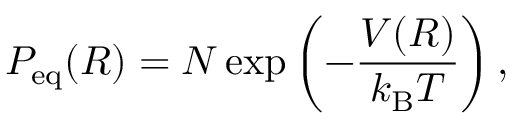
P _ { \mathrm { e q } } ( R ) = N \exp \left( - \frac { V ( R ) } { k _ { \mathrm { B } } T } \right) ,